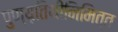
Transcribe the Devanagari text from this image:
पुण्य़तिथीनिमित्त